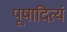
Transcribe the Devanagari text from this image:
पूषादित्यं